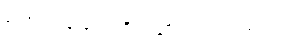
တောင်ကုန်းလေးကို တချိုးတည်း တက်တယ်။